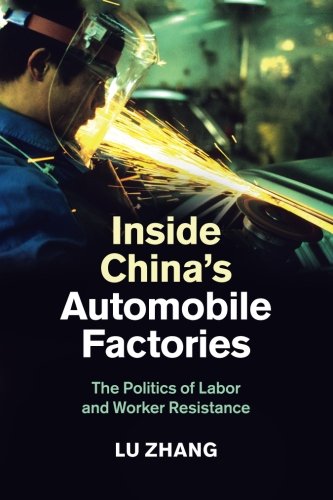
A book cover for Inside China's Automobile Factories: The Politics of Labor and Worker Resistance; Lu Zhang; Business & Money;